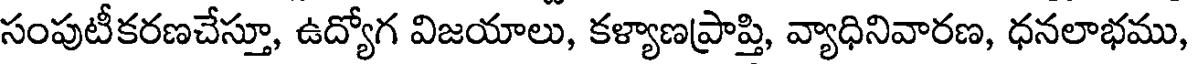
సంపుటీకరణచేస్తూ, ఉద్యోగ విజయాలు, కళ్యాణప్రాప్తి, వ్యాధినివారణ, ధనలాభము,